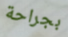
بجراحة